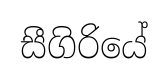
සීගිරියේ